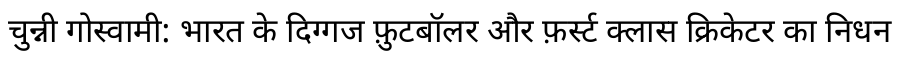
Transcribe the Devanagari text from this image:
चुन्नी गोस्वामी: भारत के दिग्गज फ़ुटबॉलर और फ़र्स्ट क्लास क्रिकेटर का निधन